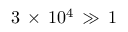
3 \, \times \, 1 0 ^ { 4 } \, \gg \, 1